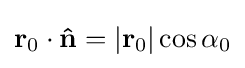
\mathbf {r} _{0}\cdot \mathbf {\hat {n}} =\left|\mathbf {r} _{0}\right|\cos \alpha _{0}\,\!